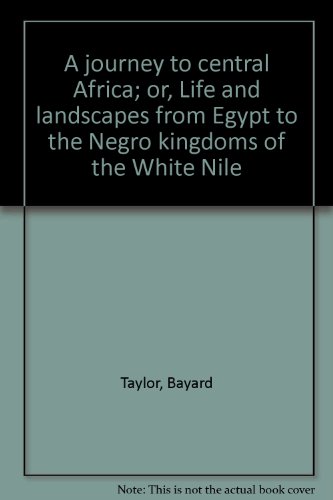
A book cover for A journey to central Africa; or, Life and landscapes from Egypt to the Negro kingdoms of the White Nile; Bayard Taylor; Travel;